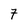
Character: 7